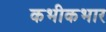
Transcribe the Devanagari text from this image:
कभीकभार